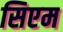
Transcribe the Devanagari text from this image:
सिएम